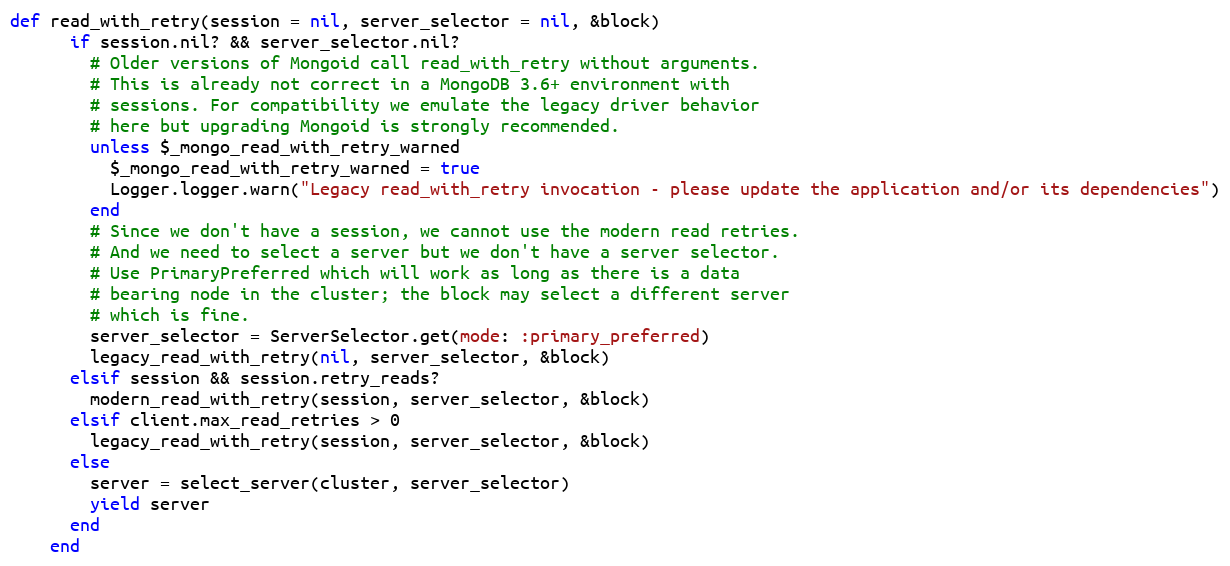
Language: Ruby
def read_with_retry(session = nil, server_selector = nil, &block)
      if session.nil? && server_selector.nil?
        # Older versions of Mongoid call read_with_retry without arguments.
        # This is already not correct in a MongoDB 3.6+ environment with
        # sessions. For compatibility we emulate the legacy driver behavior
        # here but upgrading Mongoid is strongly recommended.
        unless $_mongo_read_with_retry_warned
          $_mongo_read_with_retry_warned = true
          Logger.logger.warn("Legacy read_with_retry invocation - please update the application and/or its dependencies")
        end
        # Since we don't have a session, we cannot use the modern read retries.
        # And we need to select a server but we don't have a server selector.
        # Use PrimaryPreferred which will work as long as there is a data
        # bearing node in the cluster; the block may select a different server
        # which is fine.
        server_selector = ServerSelector.get(mode: :primary_preferred)
        legacy_read_with_retry(nil, server_selector, &block)
      elsif session && session.retry_reads?
        modern_read_with_retry(session, server_selector, &block)
      elsif client.max_read_retries > 0
        legacy_read_with_retry(session, server_selector, &block)
      else
        server = select_server(cluster, server_selector)
        yield server
      end
    end